[Report on the health of British troops in the Madras command]
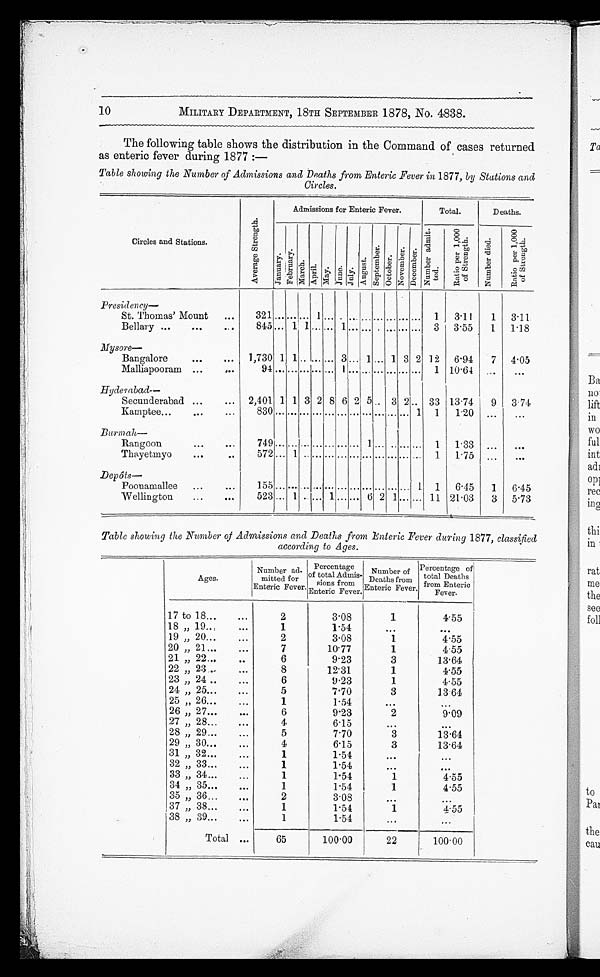
10 MILITARY DEPARTMENT, 18TH SEPTEMBER 1878, No. 4838.
The following table shows the distribution in the Command of cases returned
as enteric fever during 1877 :—
Table showing the Number of Admissions and Deaths from Enteric Fever in 1877, by Stations and
Circles.
Circles and Stations.
A v e r a g e s t r e n g t h .
Admissions for Enteric Fever
Total.
Deaths.
J a n u a r y
F e b r u a r y . M a r c h .
A p r i l . M a y . J u n e .
J u l y . A u g u s t .
S e p t e m b e r .
O c t o b e r .
N o v e m b e r .
D e c e m b e r .
Nu mb e r a d mi t t e d . R a t i o P e r 1 , 0 0 0 o f S t r e n g t h .
. , T,
N u m b e r d i e d .
R a t i o n P e r 1 , 0 0 0 o f S t r e n g h t .
Presidency —
St. Thomas' Mount
321
1
1
3·11
1
3 · 1 1
Bellary
845
1 1
1
3
3·55
1
1 · 1 8
M y s o r e —
Bangalore
1,730 1 1
3
1
1 3 2 12
6·94
7
4 · 0 5
Malliapooram
94
1
1 10·64
Hyderabad—
Secunderabad
2,401 1 1 3 2 8 6 2 5
3 2
33 13·. 7 4
9
3 · 7 4
K a mp t e e
8 3 0
1
1
1 . 2
Burmah—
Rangoon
749
1
1
1·33
Thayetmyo
5 2 7
1
1
1 · 7 5
Depots—
Poonamallee
155
1
1
6·45
1
6 · 4 5
Table showing the Number of Admissions and Deaths from Bnleric Fever during 1877, classified
according to Ages.
Ages.
Number ad-
mitted for
Enteric Fever.
Percentage
of total Admits-
sions from
Enteric Fever.
Number of
Deaths from
Enteric Fever.
Percentage of
total Deaths
from
17 to 18
2
3 · 0 8
1
4·55
18 to 19
1
1 · 5 4
19 to 20
2
3 · 0 8
1
4·55
20 to 21
7
10 · 7 7
1
4·55
21 to 22
6
9 · 2 3
3
13·64
22 to 23
8
12·31
1
4·55
23 to 24
6
9 · 2 3
1
4·55
24 to 25
5
7 · 7 0
3
13·64
25 to 26
1
1 · 5 4
26 to 27
6
9 · 2 3
2
9·09
27 to 28
4
61·5
28 to 29
5
7 · 7 0
3
13·64
29 to 30
4
6 · 1 5
3
13·64
31 to 32
1
1 · 5 4
32 to
33
1
1 · 5 4
33 to 34
1
1 · 5 4
1
4·55
34 to 35
1
1 · 5 4
1
4·55
35 to
36
2
3 · 0 8
37 to 38
1
1 · 5 4
1
4·55
38 to 39
1
1 · 5 4
Total
100·00
22
100·00